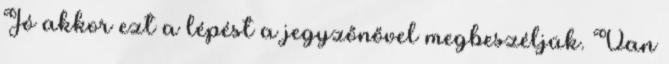
Jó akkor ezt a lépést a jegyzőnővel megbeszéljük. Van